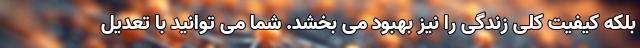
بلکه کیفیت کلی زندگی را نیز بهبود می بخشد. شما می توانید با تعدیل